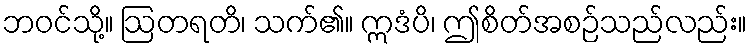
ဘဝင်သို့။ ဩတရတိ၊ သက်၏။ ဣဒံပိ၊ ဤစိတ်အစဉ်သည်လည်း။